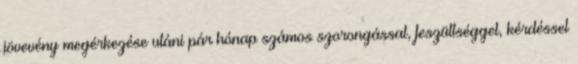
jövevény megérkezése utáni pár hónap számos szorongással, feszültséggel, kérdéssel